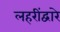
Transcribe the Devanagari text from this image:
लहरींद्वारे